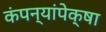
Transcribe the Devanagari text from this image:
कंपन्यांपेक्षा